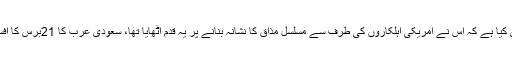
مقامی میڈیا نے دعویٰ کیا ہے کہ اس نے امریکی اہلکاروں کی طرف سے مسلسل مذاق کا نشانہ بنانے پر یہ قدم اٹھایا تھا، سعودی عرب کا 21برس کا افسر سیکنڈ لیفٹیننٹ ہے۔